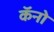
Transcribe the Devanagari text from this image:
कॅनो